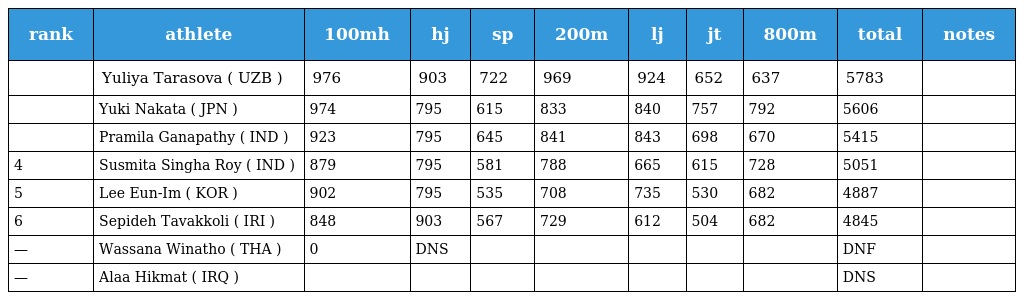
| rank | athlete | 100mh | hj | sp | 200m | lj | jt | 800m | total | notes |
 | --- | --- | --- | --- | --- | --- | --- | --- | --- | --- | --- |
 |  | Yuliya Tarasova ( UZB ) | 976 | 903 | 722 | 969 | 924 | 652 | 637 | 5783 |  |
 |  | Yuki Nakata ( JPN ) | 974 | 795 | 615 | 833 | 840 | 757 | 792 | 5606 |  |
 |  | Pramila Ganapathy ( IND ) | 923 | 795 | 645 | 841 | 843 | 698 | 670 | 5415 |  |
 | 4 | Susmita Singha Roy ( IND ) | 879 | 795 | 581 | 788 | 665 | 615 | 728 | 5051 |  |
 | 5 | Lee Eun-Im ( KOR ) | 902 | 795 | 535 | 708 | 735 | 530 | 682 | 4887 |  |
 | 6 | Sepideh Tavakkoli ( IRI ) | 848 | 903 | 567 | 729 | 612 | 504 | 682 | 4845 |  |
 | — | Wassana Winatho ( THA ) | 0 | DNS |  |  |  |  |  | DNF |  |
 | — | Alaa Hikmat ( IRQ ) |  |  |  |  |  |  |  | DNS |  |